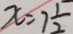
x = 7 \frac { 1 } { 2 }